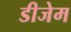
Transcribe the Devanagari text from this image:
डीजेम